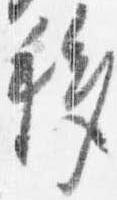
移